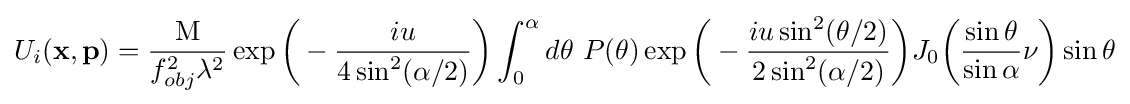
U_{i}(\mathbf {x} ,\mathbf {p} )={\frac {\mathrm {M} }{f_{obj}^{2}\lambda ^{2}}}\exp {\biggl (}-{\frac {iu}{4\sin ^{2}(\alpha /2)}}{\biggr )}\int _{0}^{\alpha }d\theta ~P(\theta )\exp {\biggl (}-{\frac {iu\sin ^{2}(\theta /2)}{2\sin ^{2}(\alpha /2)}}{\biggr )}J_{0}{\biggl (}{\frac {\sin \theta }{\sin \alpha }}\nu {\biggr )}\sin \theta